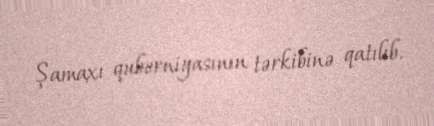
Şamaxı quberniyasının tərkibinə qatılıb.